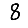
Digit: 8